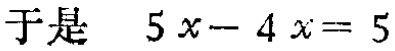
于是 \(5x - 4x = 5\)